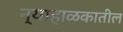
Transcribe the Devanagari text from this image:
न्याहाळकातील